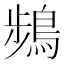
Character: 𫛄